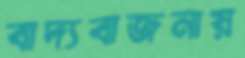
বাদ্যবাজনায়